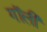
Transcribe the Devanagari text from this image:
गॉली